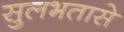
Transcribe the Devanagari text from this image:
सुलभतासे